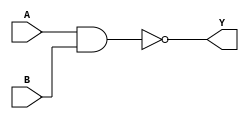
`timescale 1ns/10ps
module nand_gate (A,
                  B,
                  Y);
    input A;
    input B;
    output Y;

    assign Y=~(A&B);

endmodule //nand_gate